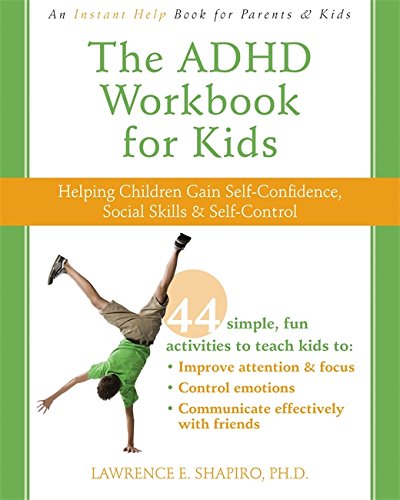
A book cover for The ADHD Workbook for Kids: Helping Children Gain Self-Confidence, Social Skills, and Self-Control (Instant Help); Lawrence Shapiro PhD; Parenting & Relationships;